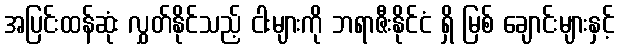
အပြင်းထန်ဆုံး လွှတ်နိုင်သည့် ငါးများကို ဘရာဇီးနိုင်ငံ ရှိ မြစ် ချောင်းများနှင့်